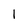
Character: 1